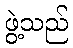
ဖွဲ့သည်